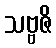
သဗ္ဗဇိ